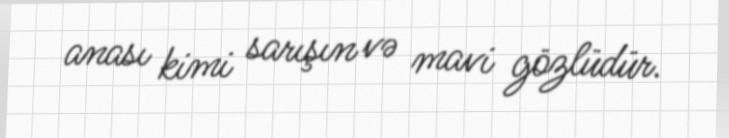
anası kimi sarışın və mavi gözlüdür.